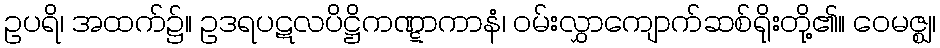
ဥပရိ၊ အထက်၌။ ဥဒရပဋလပိဋ္ဌိကဏ္ဋာကာနံ၊ ဝမ်းလွှာကျောက်ဆစ်ရိုးတို့၏။ ဝေမဇ္ဈ၊